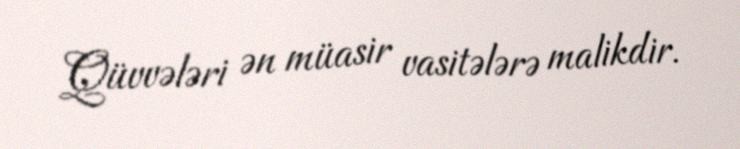
Qüvvələri ən müasir vasitələrə malikdir.